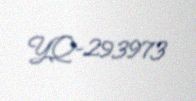
YQ-293973